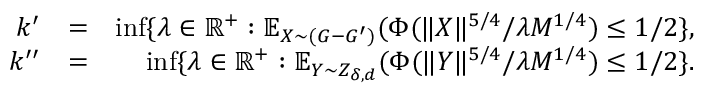
\begin{array} { r l r } { k ^ { \prime } } & { = } & { \operatorname* { i n f } \{ \lambda \in \mathbb { R } ^ { + } : \mathbb { E } _ { X \sim ( G - G ^ { \prime } ) } ( \Phi ( \| X \| ^ { 5 / 4 } / \lambda M ^ { 1 / 4 } ) \leq 1 / 2 \} , } \\ { k ^ { \prime \prime } } & { = } & { \operatorname* { i n f } \{ \lambda \in \mathbb { R } ^ { + } : \mathbb { E } _ { Y \sim Z _ { \delta , d } } ( \Phi ( \| Y \| ^ { 5 / 4 } / \lambda M ^ { 1 / 4 } ) \leq 1 / 2 \} . } \end{array}